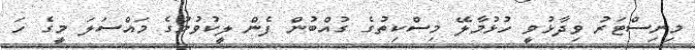
މިނިސްޓަރު ވިދާޅުވީ ހުޅުމާލޭ މިސްކިތުގެ ގުއްބުން ފެން ލީކުވުމުގެ މައްސަލަ މީގެ ހަ